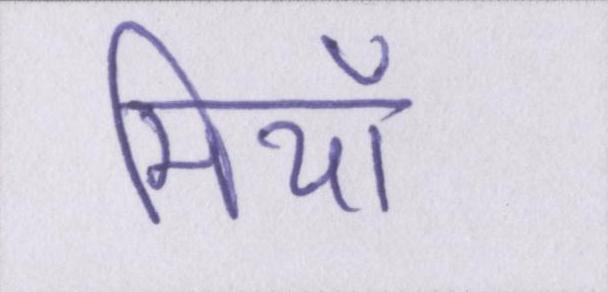
मियाँ